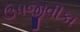
ઉપજીવીકા